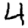
Digit: 4